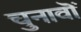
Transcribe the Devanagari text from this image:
चुनावॊं